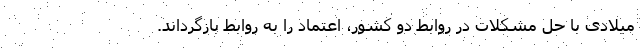
میلادی با حل مشکلات در روابط دو کشور، اعتماد را به روابط بازگرداند.